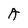
Character: A